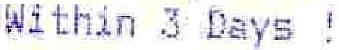
WITHIN 3 DAYS !